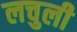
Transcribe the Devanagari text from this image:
लचुली